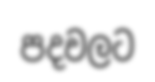
පදවලට